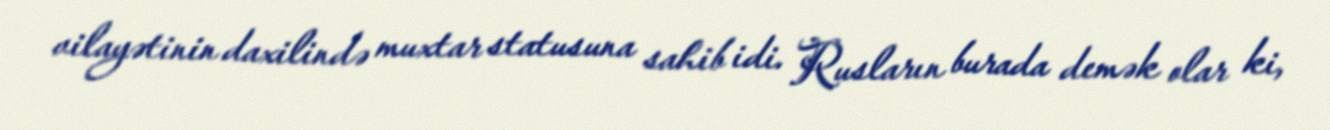
vilayətinin daxilində muxtar statusuna sahib idi. Rusların burada demək olar ki,